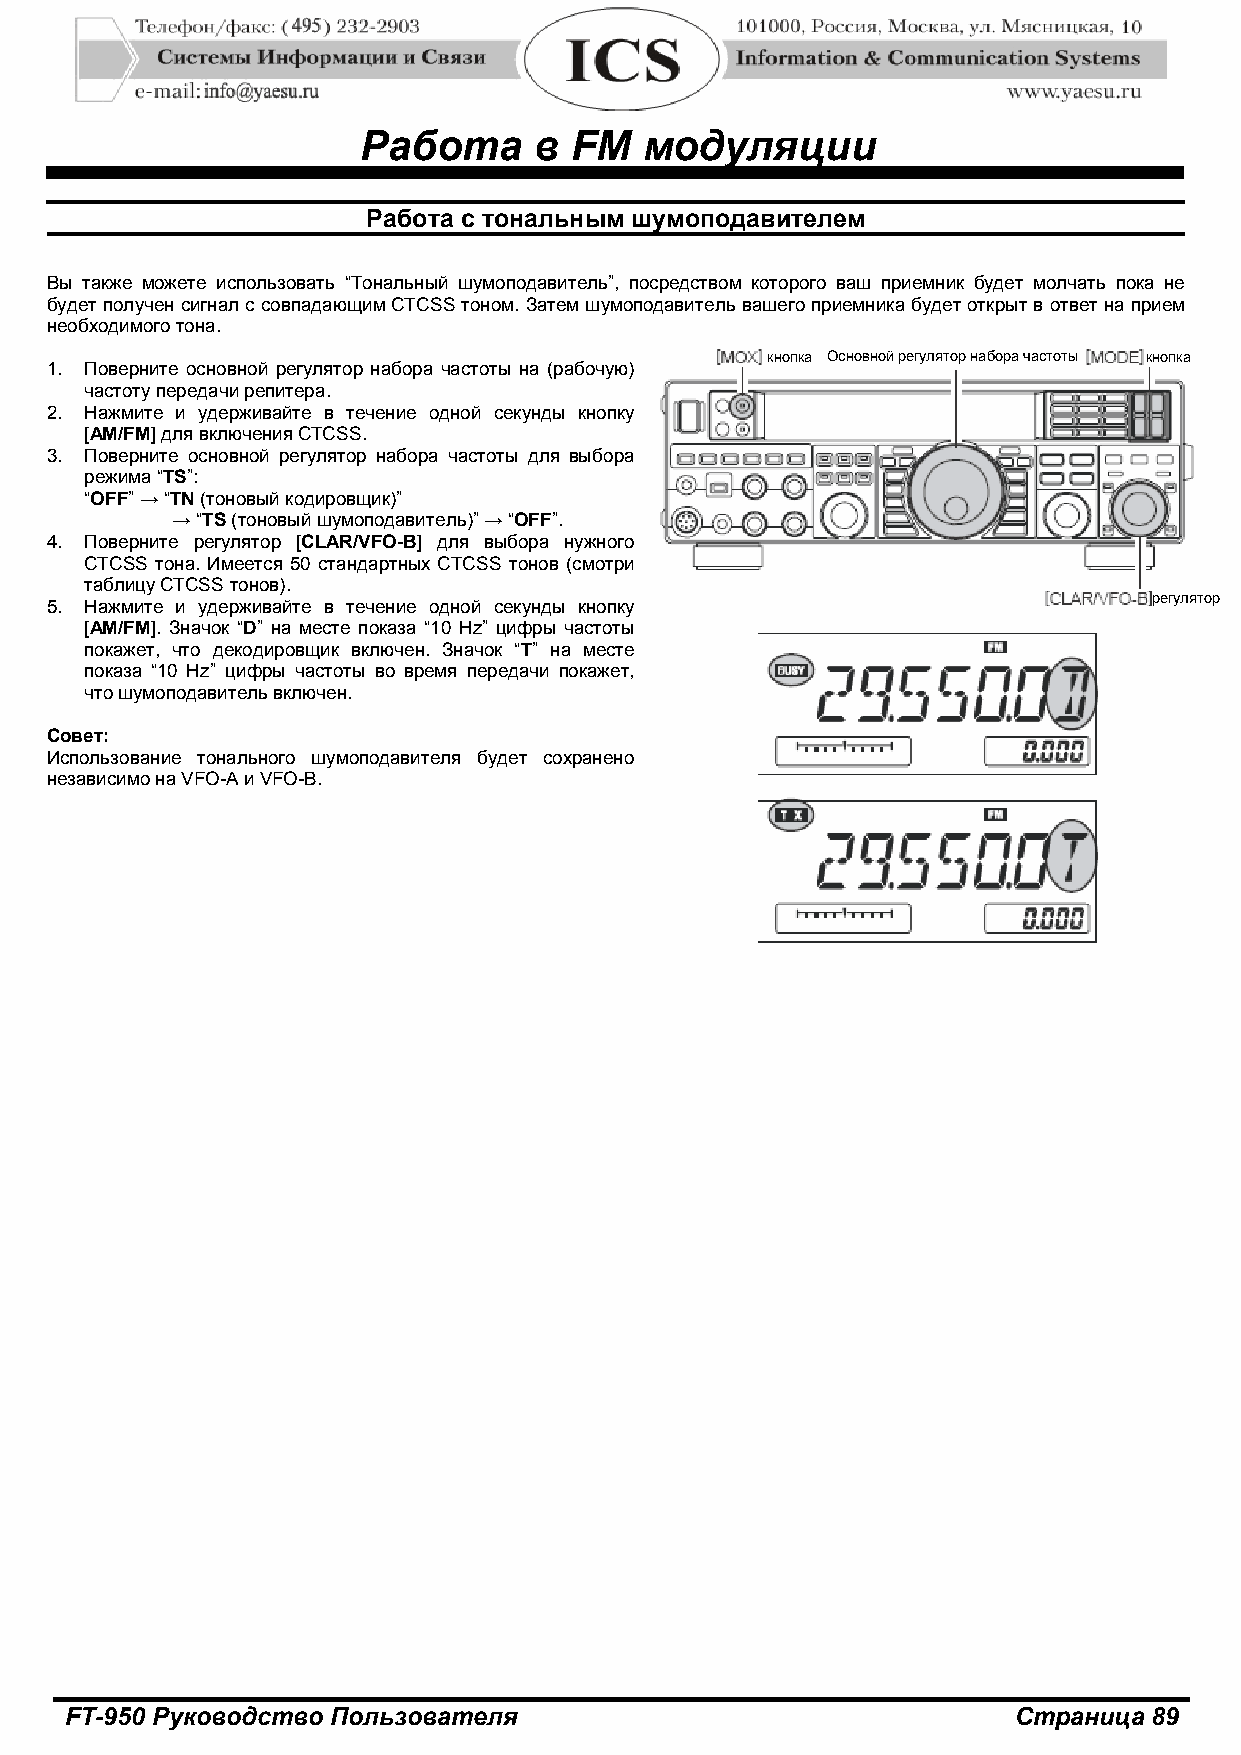
Работа     в  FM   модуляции
 Работа с тональным шумоподавителем
 Вы также можете использовать “Тональный шумоподавитель”, посредством которого ваш приемник будет молчать пока не
 будет получен сигнал с совпадающим CTCSS тоном. Затем шумоподавитель вашего приемника будет открыт в ответ на прием
 необходимого тона.
 кнопка Основной регулятор набора частоты кнопка
 1. Поверните основной регулятор набора частоты на (рабочую)
 частоту передачи репитера.
 2. Нажмите и удерживайте в течение одной секунды кнопку
 [AM/FM] для включения CTCSS.
 3. Поверните основной регулятор набора частоты для выбора
 режима “TS”:
 “OFF” → “TN (тоновый кодировщик)”
 → “TS (тоновый шумоподавитель)” → “OFF”.
 4. Поверните регулятор [CLAR/VFO-B] для выбора нужного
 CTCSS тона. Имеется 50 стандартных CTCSS тонов (смотри
 таблицу CTCSS тонов).
 5. Нажмите и удерживайте в течение одной секунды кнопку
 регулятор
 [AM/FM]. Значок “D” на месте показа “10 Hz” цифры частоты
 покажет, что декодировщик включен. Значок “T” на месте
 показа “10 Hz” цифры частоты во время передачи покажет,
 что шумоподавитель включен.
 Совет:
 Использование тонального шумоподавителя будет сохранено
 независимо на VFO-A и VFO-B.
 FT-950 Руководство Пользователя                                Страница 89